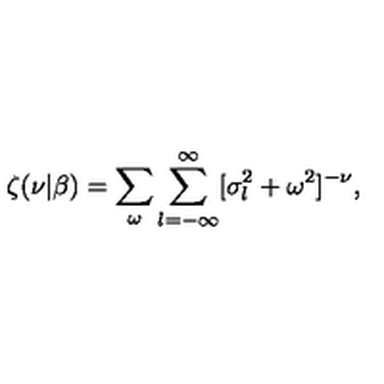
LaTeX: \zeta ( \nu | \beta ) = \sum _ { \omega } \sum _ { l = - \infty } ^ { \infty } [ \sigma _ { l } ^ { 2 } + \omega ^ { 2 } ] ^ { - \nu } ,